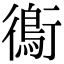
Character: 鵆